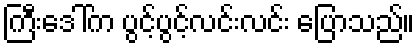
ကြီးဒေါ်က ပွင့်ပွင့်လင်းလင်း ပြောသည်။